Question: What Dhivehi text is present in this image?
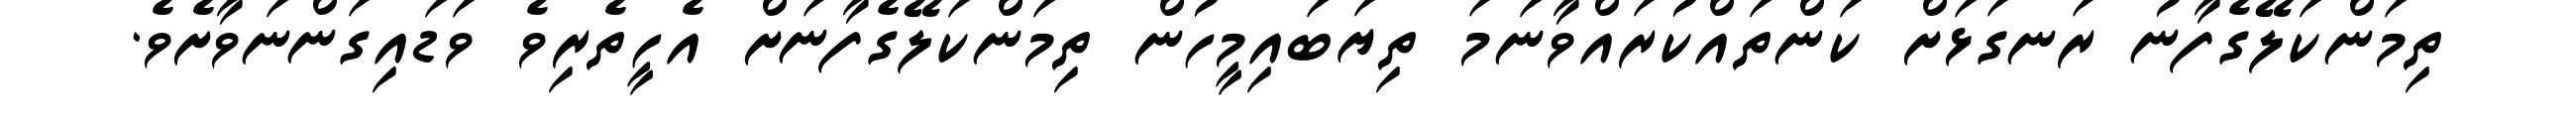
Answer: ތިމަންކަލޭގެފާނު ރަނގަޅަށް ކަންތައްކުރައްވާނަމަ ތިޔަބައިމީހުން ތިމަންކަލޭގެފާނަށް އެހީތެރިވެ ވަޑައިގަންނަވާށެވެ.